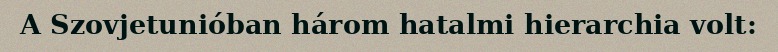
A Szovjetunióban három hatalmi hierarchia volt: